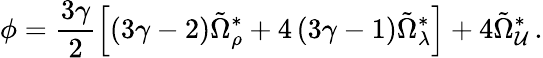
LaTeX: \phi=\frac{3\gamma}{2}\left[\left(3\gamma-2\right)\tilde{\Omega}_{\rho}^{\ast}+4\left(3\gamma-1\right)\tilde{\Omega}_{\lambda}^{\ast}\right]+4\tilde{\Omega}_{\cal U}^{\ast}\, .